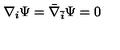
\nabla _ { i } \Psi = { \bar { \nabla } } _ { \bar { i } } \Psi = 0